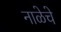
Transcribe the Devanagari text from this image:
नाळेचे